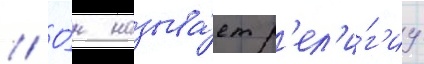
// О́н называ́ет р'ел'и́г'иу